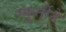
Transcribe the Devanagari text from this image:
स्फूर्तीने